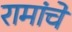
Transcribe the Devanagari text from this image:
रामांचे